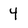
Character: 4